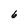
Character: 6